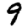
Digit: 9